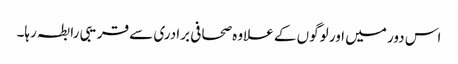
اس دور میں اور لوگوں کے علاوہ صحافی برادری سے قریبی رابطہ رہا۔